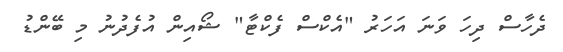
ދެހާސް ދިހަ ވަނަ އަހަރު "އެކްސް ފެކްޓާ" ޝޯއިން އުފެދުނު މި ބޭންޑު